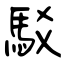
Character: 駁